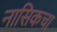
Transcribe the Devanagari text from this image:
नासिकचा